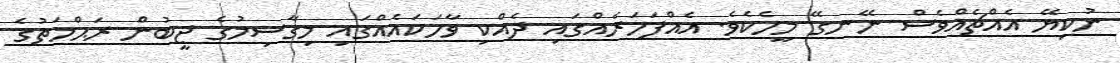
ނުކިޔޭ އެއްޗެއްވެސް ނޭނގޭ މީހެކެވެ. އެއްފަހަރެއްގައި ދެއްކި ވާހަކައެއްގައި މިގާސިމުގެ ޖީބުން ރަޙްމަތުގެ